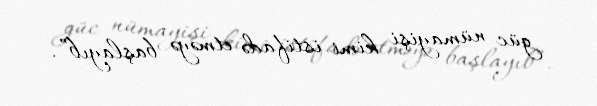
güc nümayişi kimi istifadə etməyə başlayıb”.